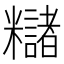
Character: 䊰